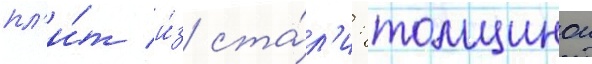
пл'и́т и́з ста́л'и: толщинои